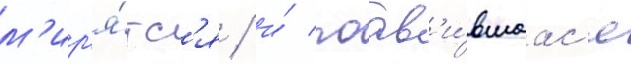
м'ир'я́тс'я / и́ поав'и́вшаас'я